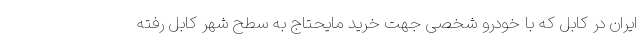
ایران در کابل که با خودرو شخصی جهت خرید مایحتاج به سطح شهر کابل رفته